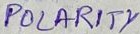
Text: POLARITY